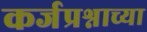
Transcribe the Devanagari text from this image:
कर्जप्रश्नाच्या